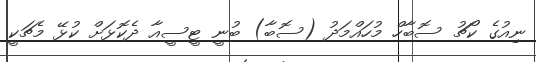
ނިއުގެ ކޯޗު ސޮބާހް މުހައްމަދު (ސޮބާ) ބުނީ ޓީސީއާ ދެކޮޅަށް ކުޅޭ މެޗަކީ